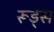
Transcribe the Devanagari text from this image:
रूड्स